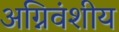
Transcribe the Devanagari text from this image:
अग्निवंशीय